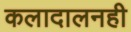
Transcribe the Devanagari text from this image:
कलादालनही